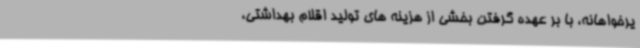
یرخواهانه، با بر عهده گرفتن بخشی از هزینه های تولید اقلام بهداشتی،